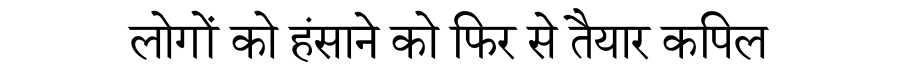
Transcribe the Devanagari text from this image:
लोगों को हंसाने को फिर से तैयार कपिल